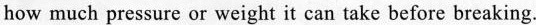
how much pressure or weight it can take before breaking.